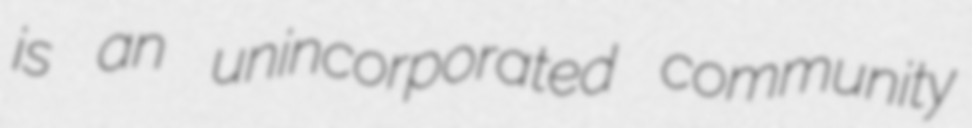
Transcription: is an unincorporated community